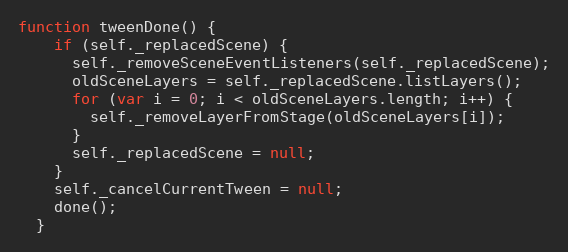
Language: JavaScript
function tweenDone() {
    if (self._replacedScene) {
      self._removeSceneEventListeners(self._replacedScene);
      oldSceneLayers = self._replacedScene.listLayers();
      for (var i = 0; i < oldSceneLayers.length; i++) {
        self._removeLayerFromStage(oldSceneLayers[i]);
      }
      self._replacedScene = null;
    }
    self._cancelCurrentTween = null;
    done();
  }